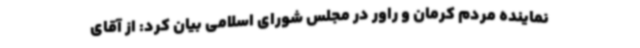
نماینده مردم کرمان و راور در مجلس شورای اسلامی بیان کرد: از آقای